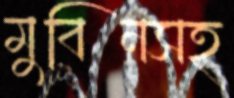
মুবিনসহ